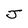
Character: J